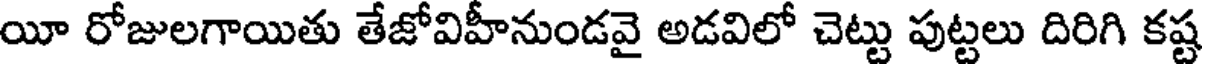
యీ రోజులగాయితు తేజోవిహీనుండవై అడవిలో చెట్టు పుట్టలు దిరిగి కష్ట